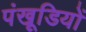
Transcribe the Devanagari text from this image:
पंखूडि़यों